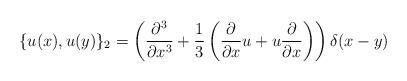
LaTeX: \begin{align*}\{ u(x) , u(y) \}_{2} = \left({\partial^{3}\over \partial x^{3}} +{1\over 3} \left({\partial\over \partial x} u + u {\partial\over\partial x}\right)\right) \delta (x-y)\end{align*}